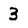
Character: 3